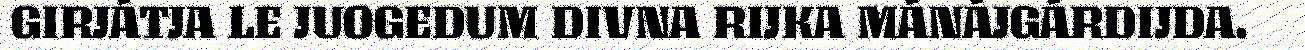
GIRJÁTJA LE JUOGEDUM DIVNA RIJKA MÁNÁJGÁRDIJDA.